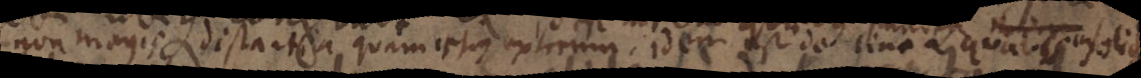
non magis distantia quam ipsius extremum. idem est de linea quavis consolido